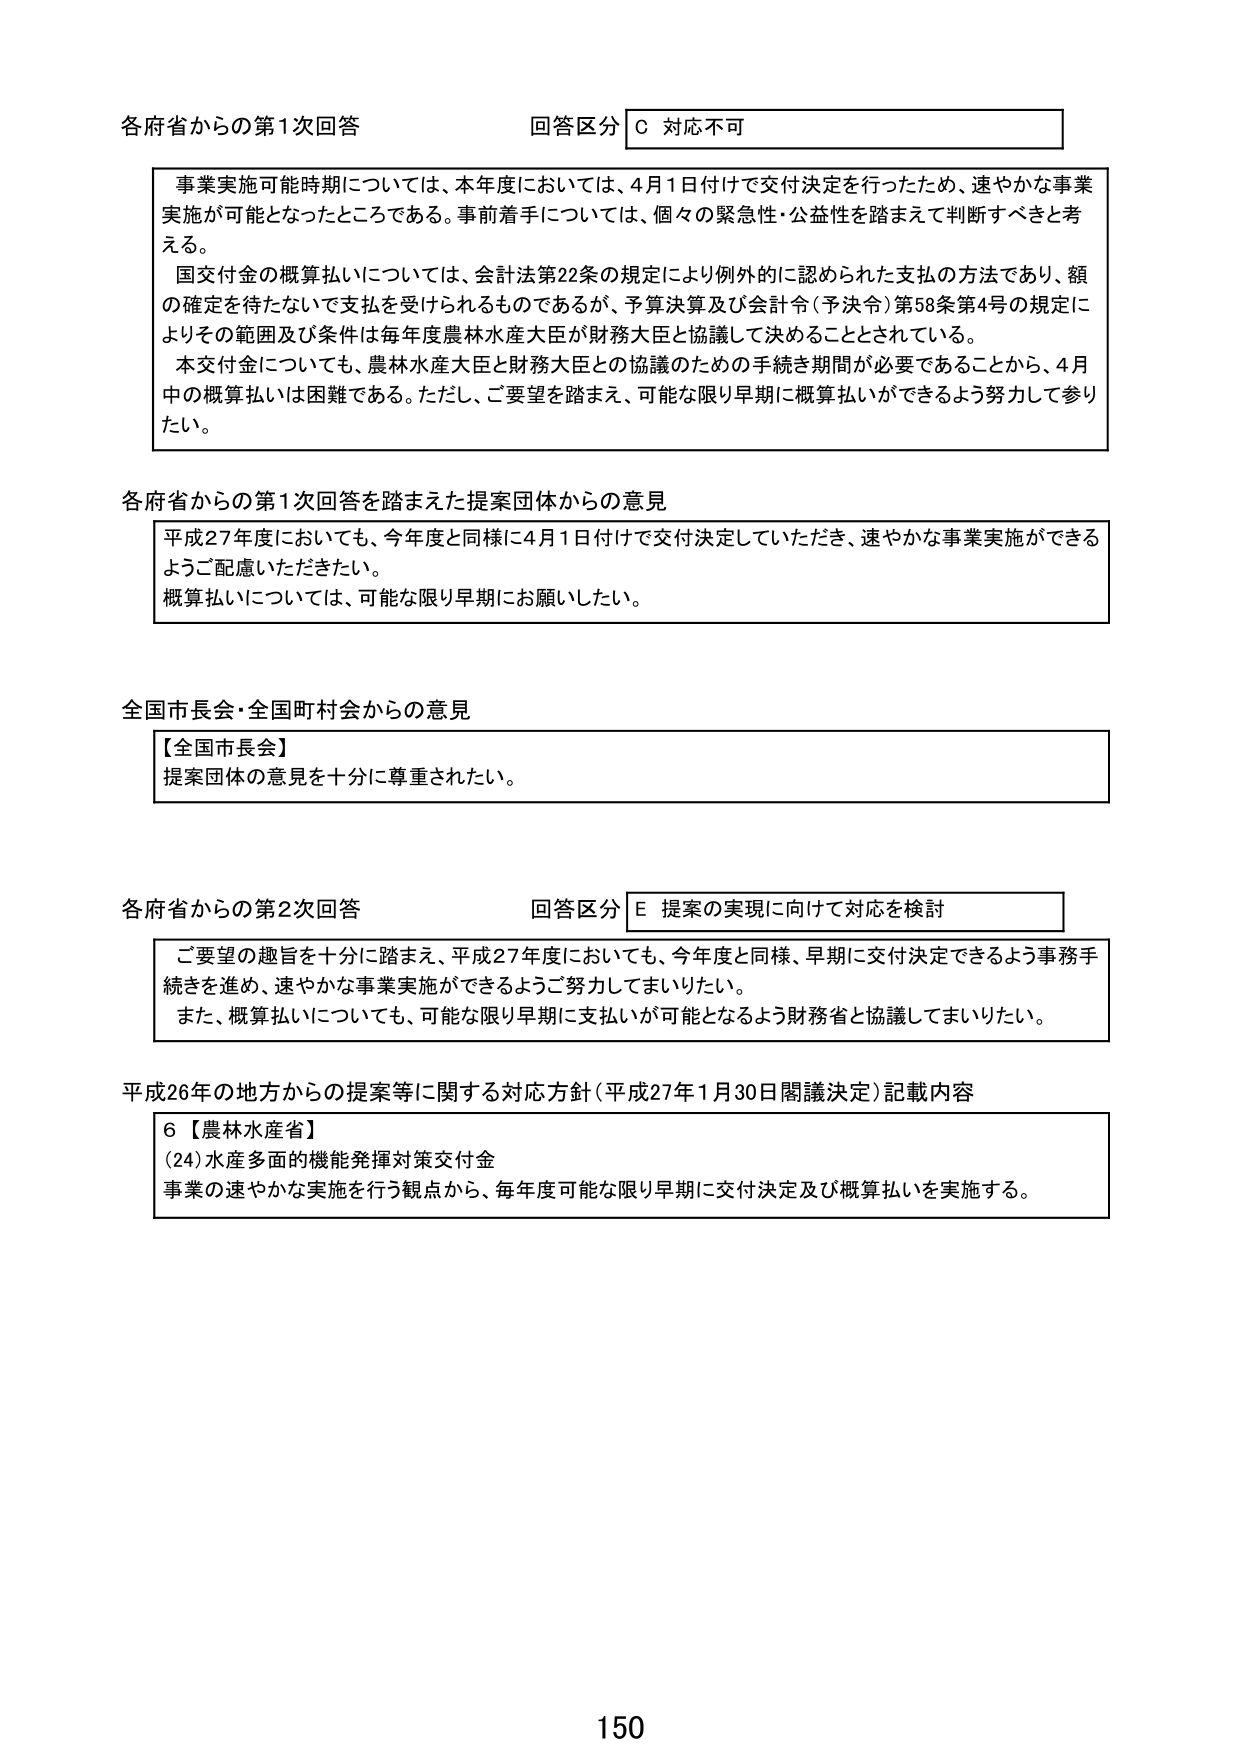
各府省からの第1次回答 回答区分 C 対応不可

事業実施可能時期については、本年度においては、4月1日付けで交付決定を行ったため、速やかな事業実施が可能となったところである。事前着手については、個々の緊急性・公益性を踏まえて判断すべきと考える。

国交付金の概算払いについては、会計法第22条の規定により例外的に認められた支払の方法であり、額の確定を待たないで支払を受けられるものであるが、予算決算及び会計令（予決令）第58条第4号の規定によりその範囲及び条件は毎年度農林水産大臣が財務大臣と協議して決めることとされている。

本交付金についても、農林水産大臣と財務大臣との協議のための手続き期間が必要であることから、4月中の概算払いは困難である。ただし、ご要望を踏まえ、可能な限り早期に概算払いができるよう努力して参りたい。

各府省からの第1次回答を踏まえた提案団体からの意見

平成27年度においても、今年度と同様に4月1日付けで交付決定していただき、速やかな事業実施ができるようご配慮いただきたい。

概算払いについては、可能な限り早期にお願いしたい。

全国市長会・全国町村会からの意見

【全国市長会】
提案団体の意見を十分に尊重されたい。

各府省からの第2次回答 回答区分 E 提案の実現に向けて対応を検討

ご要望の趣旨を十分に踏まえ、平成27年度においても、今年度と同様、早期に交付決定できるよう事務手続きを進め、速やかな事業実施ができるようご努力してまいりたい。

また、概算払いについても、可能な限り早期に支払いが可能となるよう財務省と協議してまいりたい。

平成26年の地方からの提案等に関する対応方針（平成27年1月30日閣議決定）記載内容

6【農林水産省】
(24)水産多面的機能発揮対策交付金
事業の速やかな実施を行う観点から、毎年度可能な限り早期に交付決定及び概算払いを実施する。

150